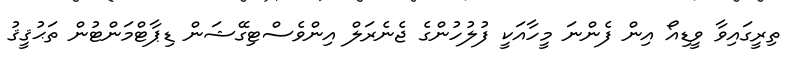
ތިރީގައިވާ ވީޑިއޯ އިން ފެންނަ މީހާއަކީ ފުލުހުންގެ ޖެނެރަލް އިންވެސްޓިގޭޝަން ޑިޕާޓްމަންޓުން ތަޙުޤީޤު